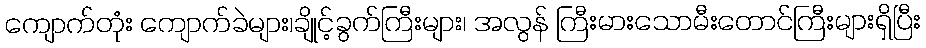
ကျောက်တုံး ကျောက်ခဲများ၊ချိုင့်ခွက်ကြီးများ၊ အလွန် ကြီးမားသောမီးတောင်ကြီးများရှိပြီး